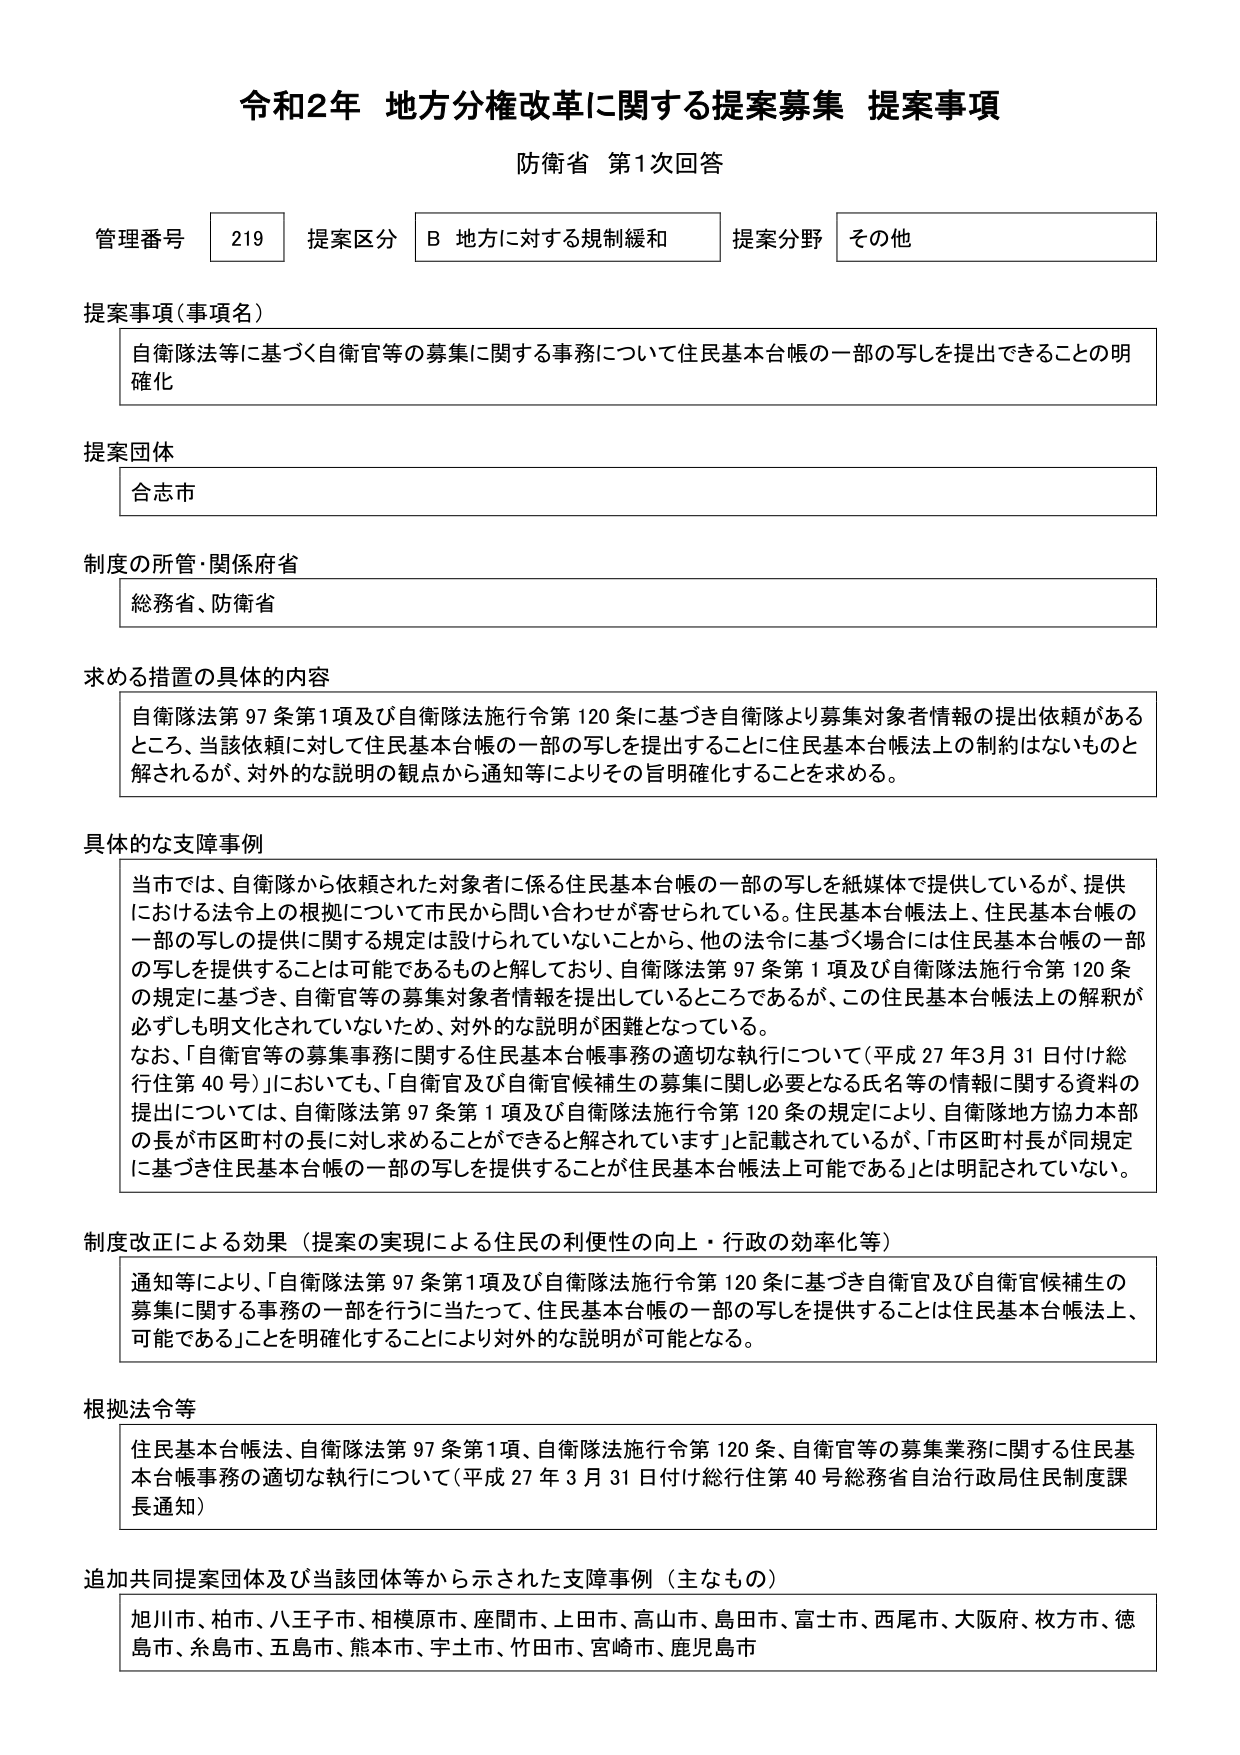
令和2年 地方分権改革に関する提案募集 提案事項
防衛省 第1次回答

管理番号 219 提案区分 B 地方に対する規制緩和 提案分野 その他

提案事項（事項名）
自衛隊法等に基づく自衛官等の募集に関する事務について住民基本台帳の一部の写しを提出できることの明確化

提案団体
合志市

制度の所管・関係府省
総務省、防衛省

求める措置の具体的内容
自衛隊法第97条第1項及び自衛隊法施行令第120条に基づき自衛隊より募集対象者情報の提出依頼があるところ、当該依頼に対して住民基本台帳の一部の写しを提出することに住民基本台帳法上の制約はないものと解されるが、対外的な説明の観点から通知等によりその旨明確化することを求める。

具体的な支障事例
当市では、自衛隊から依頼された対象者に係る住民基本台帳の一部の写しを紙媒体で提供しているが、提供における法令上の根拠について市民から問い合わせが寄せられている。住民基本台帳法上、住民基本台帳の一部の写しの提供に関する規定は設けられていないことから、他の法令に基づく場合には住民基本台帳の一部の写しを提供することは可能であるものと解しており、自衛隊法第97条第1項及び自衛隊法施行令第120条の規定に基づき、自衛官等の募集対象者情報を提出しているところであるが、この住民基本台帳法上の解釈が必ずしも明文化されていないため、対外的な説明が困難となっている。
なお、自衛官等の募集事務に関する住民基本台帳事務の適切な執行について（平成27年3月31日付け総行住第40号）においても、「自衛官及び自衛官候補生の募集に関し必要となる氏名等の情報に関する資料の提出については、自衛隊法第97条第1項及び自衛隊法施行令第120条の規定により、自衛隊地方協力本部の長が市区町村の長に対し求めることができる」と解されていますが、「市区町村長が同規定に基づき住民基本台帳の一部の写しを提供することが住民基本台帳法上可能である」とは明記されていない。

制度改正による効果（提案の実現による住民の利便性の向上・行政の効率化等）
通知等により、「自衛隊法第97条第1項及び自衛隊法施行令第120条に基づき自衛官及び自衛官候補生の募集に関する事務の一部を行うに当たって、住民基本台帳の一部の写しを提供することは住民基本台帳法上、可能である」ことを明確化することにより対外的な説明が可能となる。

根拠法令等
住民基本台帳法、自衛隊法第97条第1項、自衛隊法施行令第120条、自衛官等の募集業務に関する住民基本台帳事務の適切な執行について（平成27年3月31日付け総行住第40号総務省自治行政局住民制度課長通知）

追加共同提案団体及び当該団体等から示された支障事例（主なもの）
旭川市、柏市、八王子市、相模原市、座間市、上田市、高山市、島田市、富士市、西尾市、大阪府、枚方市、徳島市、糸島市、五島市、熊本市、宇土市、竹田市、宮崎市、鹿児島市